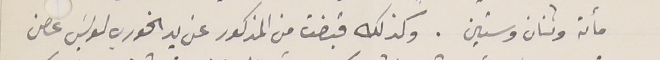
مائة وتنان وستين. وكذلك قبضت من المذكور عن يد الخوري لويسَ عصن